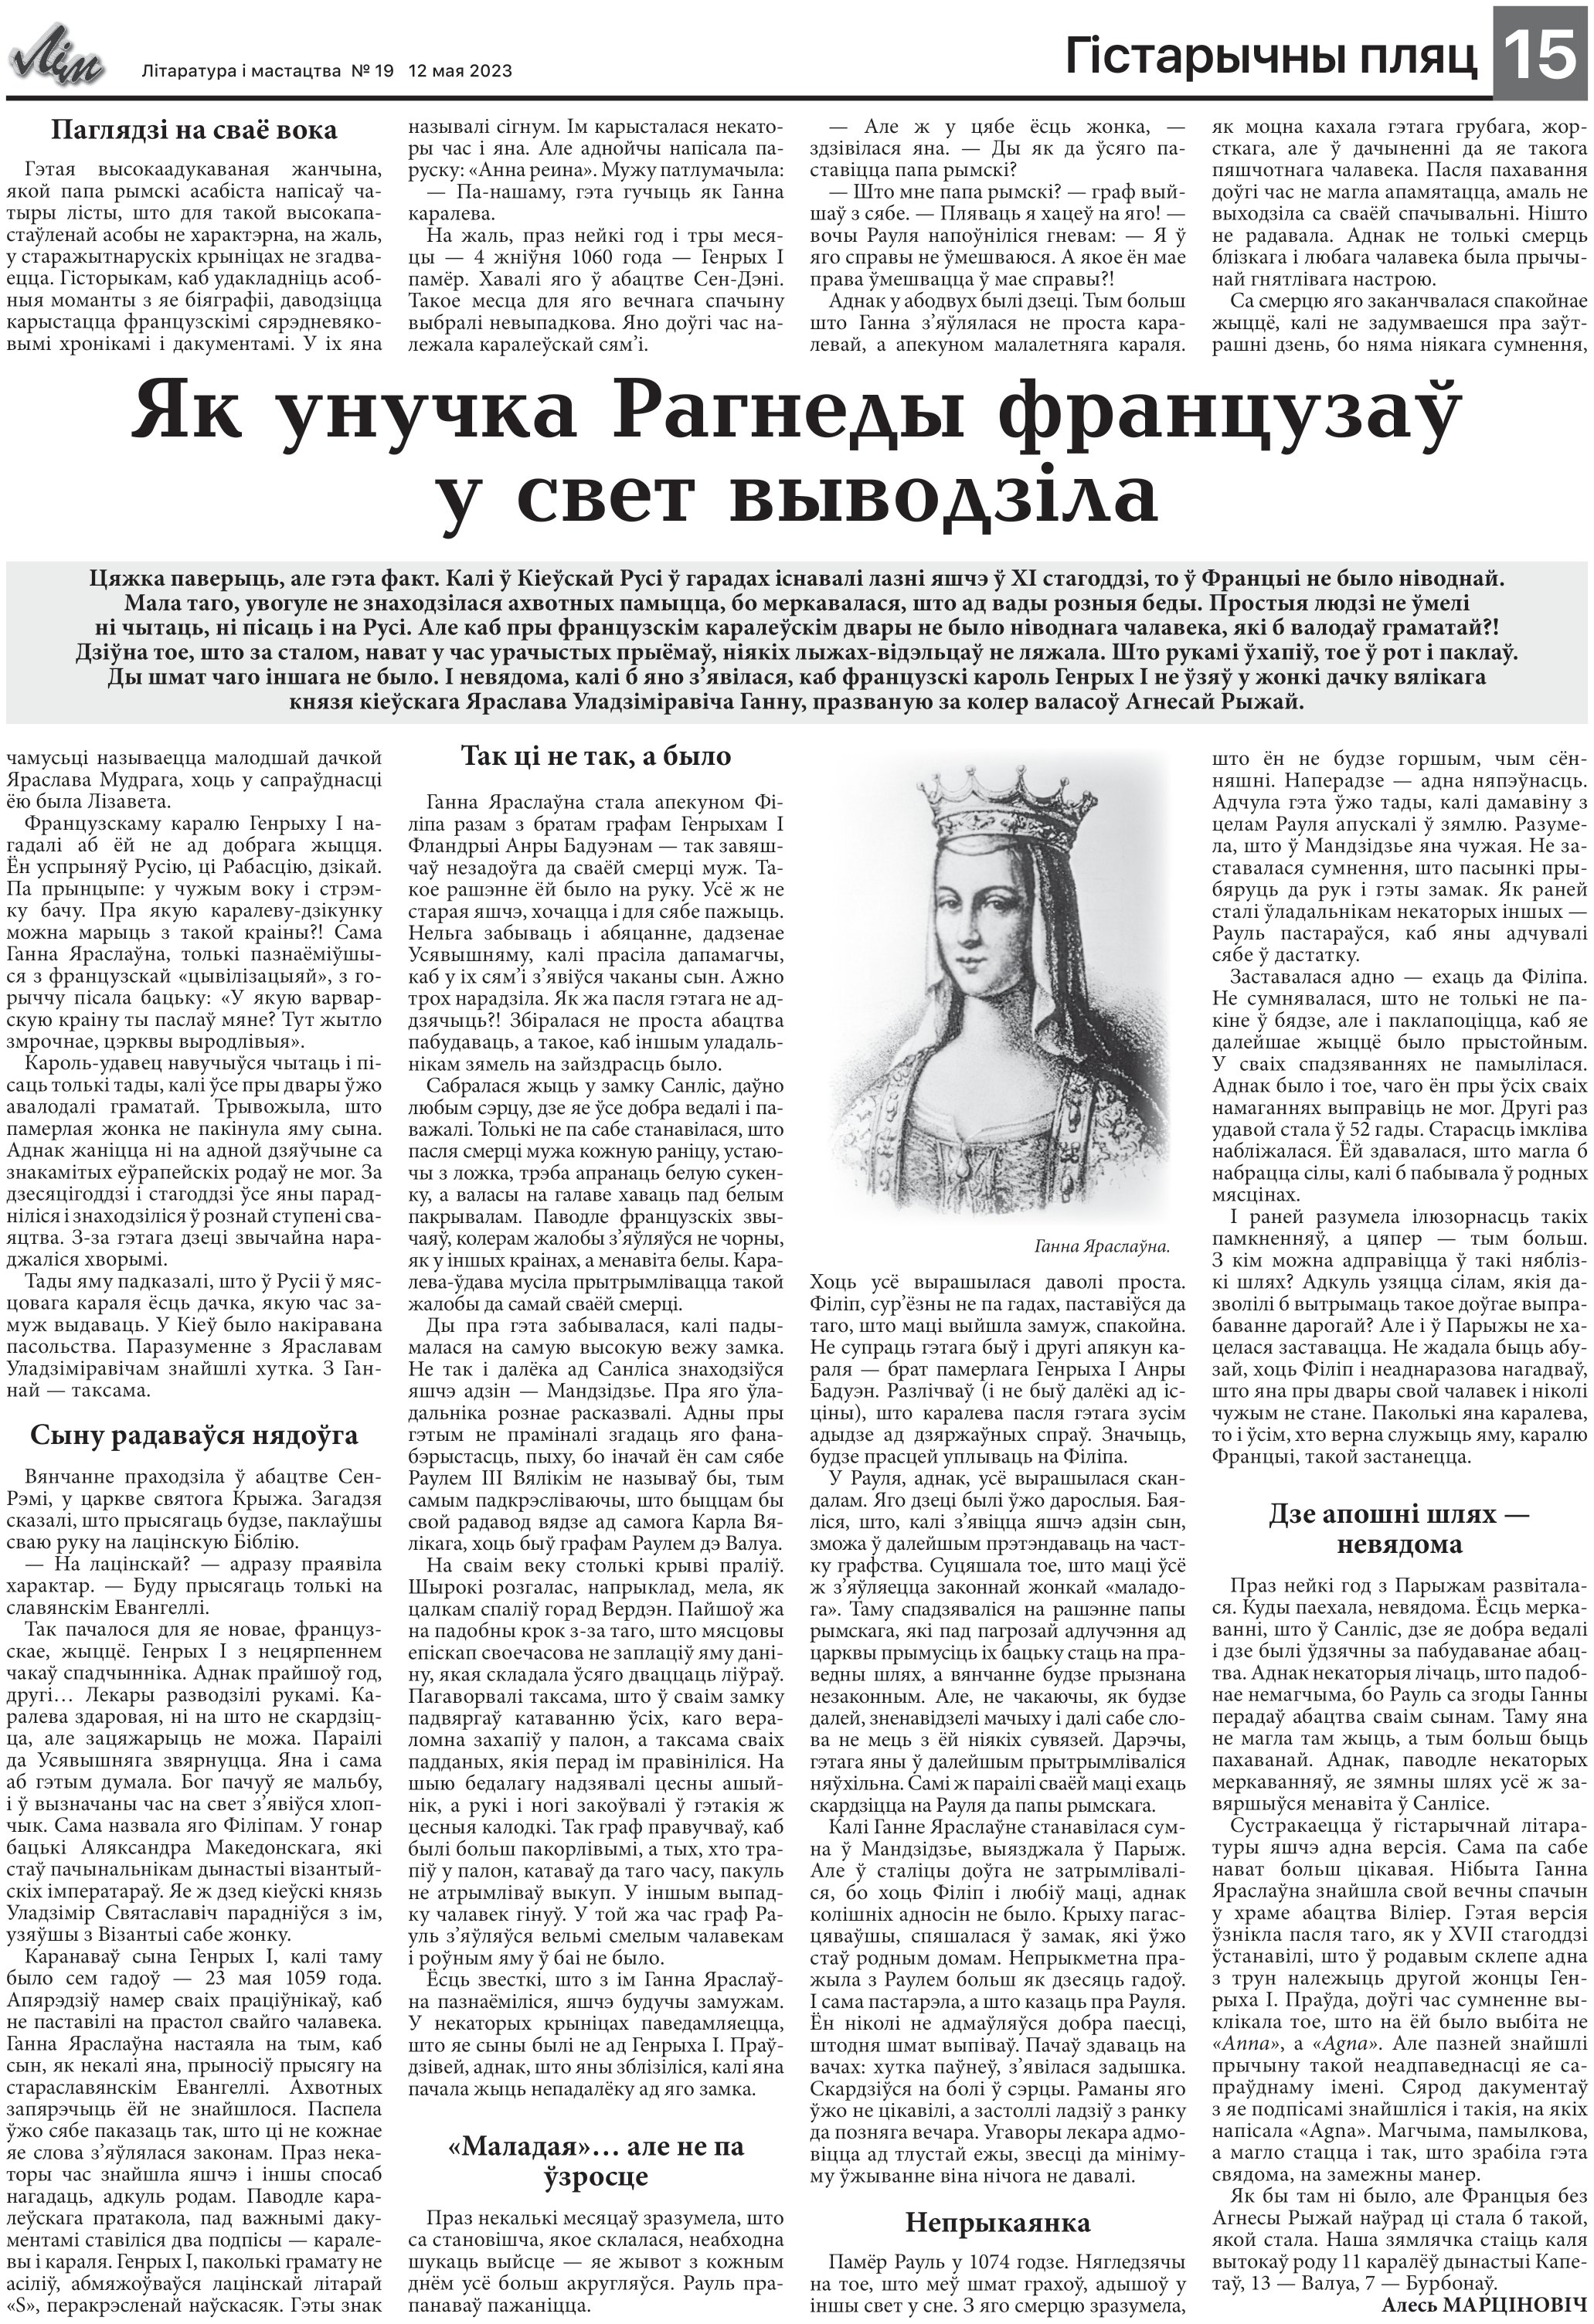
Language: be